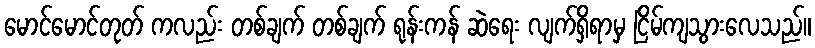
မောင်မောင်တုတ် ကလည်း တစ်ချက် တစ်ချက် ရုန်းကန် ဆဲရေး လျက်ရှိရာမှ ငြိမ်ကျသွားလေသည်။